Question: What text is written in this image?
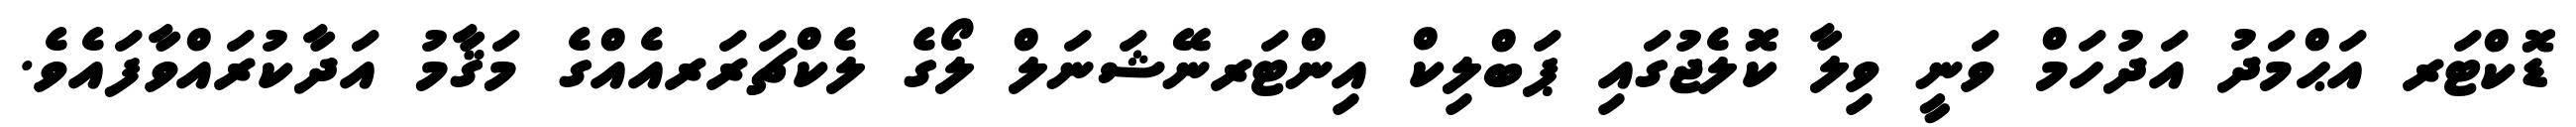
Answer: ޑޮކްޓަރ އަޙްމަދު އަދުހަމް ވަނީ ވިލާ ކޮލެޖުގައި ޕަބްލިކް އިންޓަރނޭޝަނަލް ލޯގެ ލެކްޗަރަރއެއްގެ މަޤާމު އަދާކުރައްވާފައެވެ.